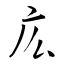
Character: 庅